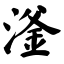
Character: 滏